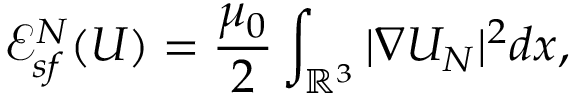
{ \mathscr E } _ { s f } ^ { N } ( U ) = \frac { \mu _ { 0 } } { 2 } \int _ { { \mathbb R } ^ { 3 } } | \nabla U _ { N } | ^ { 2 } d x ,